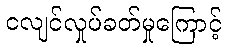
ငလျင်လှုပ်ခတ်မှုကြောင့်